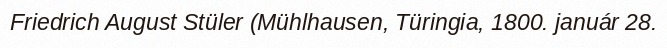
Friedrich August Stüler (Mühlhausen, Türingia, 1800. január 28.